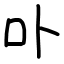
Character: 卟